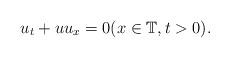
LaTeX: \begin{align*}u_t + uu_x = 0 (x \in \mathbb{T}, t > 0).\end{align*}